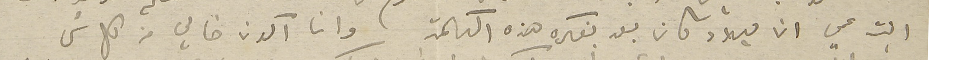
ابنت عمي ان ميلاد كان بعد بفكره هذه الكلمة وانا اكون خالي من كل شى